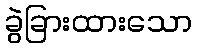
ခွဲခြားထားသော